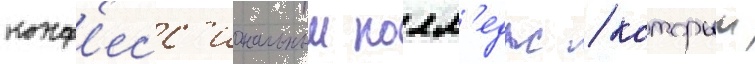
конф'есс'иональныи колл'едж / которыи